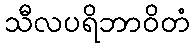
သီလပရိဘာဝိတံ